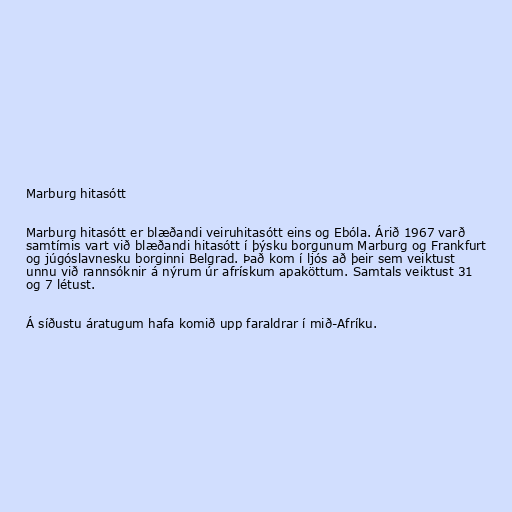
Marburg hitasótt

Marburg hitasótt er blæðandi veiruhitasótt eins og Ebóla. Árið 1967 varð
samtímis vart við blæðandi hitasótt í þýsku borgunum Marburg og Frankfurt
og júgóslavnesku borginni Belgrad. Það kom í ljós að þeir sem veiktust
unnu við rannsóknir á nýrum úr afrískum apaköttum. Samtals veiktust 31
og 7 létust.

Á síðustu áratugum hafa komið upp faraldrar í mið-Afríku.